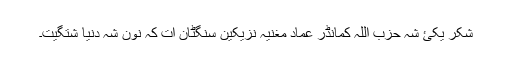
شکر یکئ شہ حزب اللہ کمانڈر عماد مغنیہ نزیکین سنگٹان ات کہ نون شہ دنیا شتگیت۔